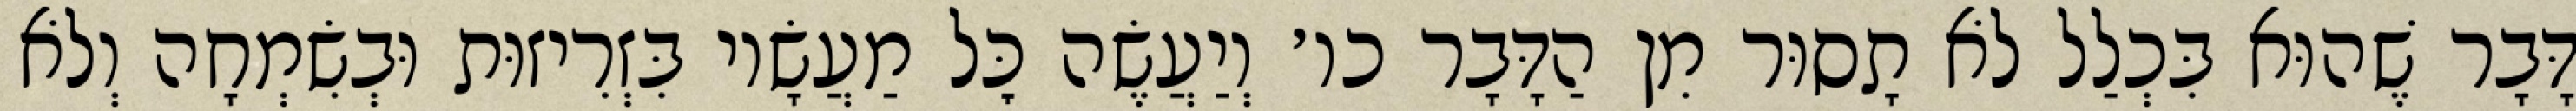
דָּבָר שֶׁהוּא בִּכְלַל לֹא תָסוּר מִן הַדָּבָר כו׳ וְיַעֲשֶׂה כׇּל מַעֲשָׂיו בִּזְרִיזוּת וּבְשִׂמְחָה וְלֹא